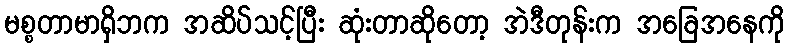
မစ္စတာမာရှိဘက အဆိပ်သင့်ပြီး ဆုံးတာဆိုတော့ အဲဒီတုန်းက အခြေအနေကို